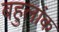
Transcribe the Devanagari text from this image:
बहुलांक